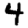
Digit: 4